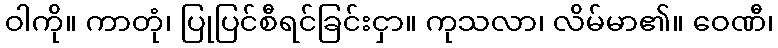
ဝါကို။ ကာတုံ၊ ပြုပြင်စီရင်ခြင်းငှာ။ ကုသလာ၊ လိမ်မာ၏။ ဝေဏီ၊